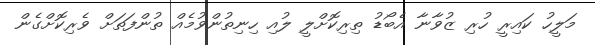
މަލީހު ކައިރީ ހުރި ޒުވާނާ އެބޯޑު ތިރިކޮށްލީ ލުއި ހިނިތުންވުމެއް ތުންފަތަށް ވެރިކޮށްގެން